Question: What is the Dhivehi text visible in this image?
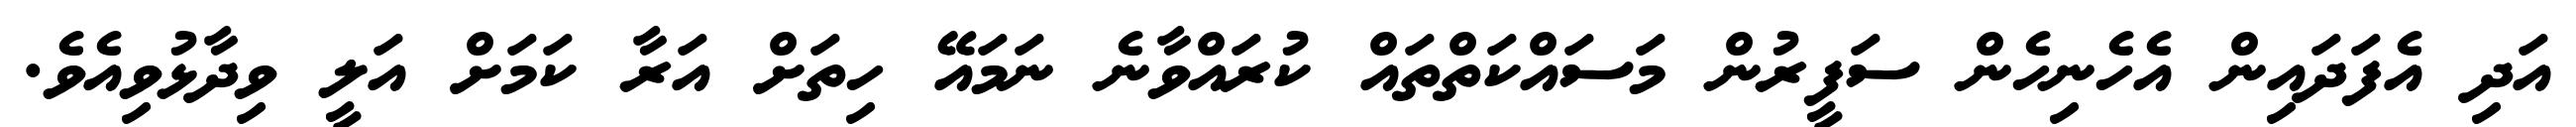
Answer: އަދި އެފަދައިން އެހެނިހެން ސަފީރުން މަސައްކަތްތައް ކުރައްވާނެ ނަމައޭ ހިތަށް އަރާ ކަމަށް އަލީ ވިދާޅުވިއެވެ.